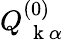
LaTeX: Q_{\mathrm{~\mathbf~k~}\alpha}^{(0)}